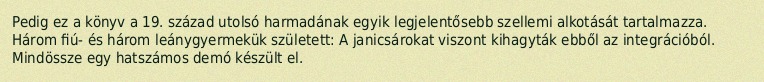
Pedig ez a könyv a 19. század utolsó harmadának egyik legjelentősebb szellemi alkotását tartalmazza. Három fiú- és három leánygyermekük született: A janicsárokat viszont kihagyták ebből az integrációból. Mindössze egy hatszámos demó készült el.